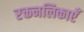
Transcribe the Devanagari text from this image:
रक्तनलिकाएँ